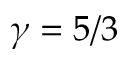
\gamma = 5 / 3